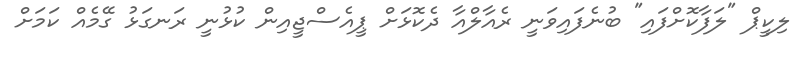
ލިކީޕް "ލަފާކޮށްފައި" ބުނެފައިވަނީ ރެއާލްއާ ދެކޮޅަށް ޕީއެސްޖީއިން ކުޅުނީ ރަނގަޅު ގޭމެއް ކަމަށް